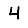
Digit: 4